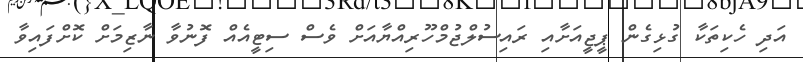
އަދި ހެކިތަކާ ގުޅިގެން ޕީޖީއަށާއި ރައިސުލްޖުމްހޫރިއްޔާއަށް ވެސް ސިޓީއެއް ފޮނުވާ ނާޒިމަށް ކޮށްފައިވާ